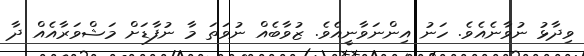
ވިދާޅު ނުވާނެއެވެ. ހަނު އިންނަވާނީއެވެ. ޒުވާބެއް ނުވަތަ މާ ނުފާޑަށް މަޝްވަރާއެއް ދާ